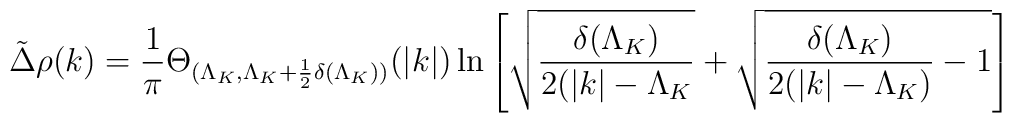
\tilde{\Delta }\rho (k)=\frac{1}{\pi }\Theta _{(\Lambda _{K},\Lambda _{K}+\frac{1}{2}\delta (\Lambda _{K}))}(|k|)\ln \left[ \sqrt{\frac{\delta (\Lambda _{K})}{2(|k|-\Lambda _{K}}}+\sqrt{\frac{\delta (\Lambda _{K})}{2(|k|-\Lambda _{K})}-1}\right]